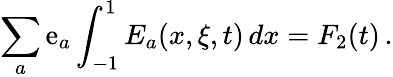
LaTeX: \sum_{a}\mathrm{e}_{a}\int_{-1}^{1}E_{a}(x,\xi,t)\, dx=F_{2}(t)\, .